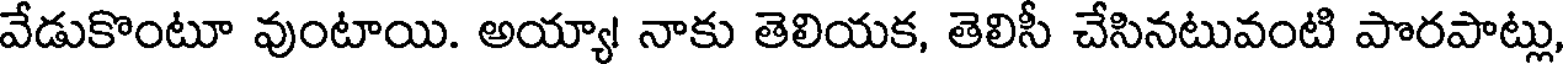
వేడుకొంటూ వుంటాయి. అయ్యా! నాకు తెలియక, తెలిసీ చేసినటువంటి పొరపాట్లు